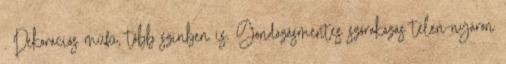
. Dekorációs műfű, több színben is. Gondozásmentes szórakozás télen-nyáron